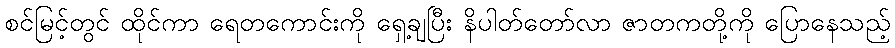
စင်မြင့်တွင် ထိုင်ကာ ရေတကောင်းကို ရှေ့ချပြီး နိပါတ်တော်လာ ဇာတကတို့ကို ပြောနေသည့်